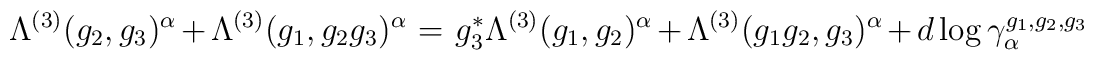
\Lambda^{(3)}(g_2, g_3)^{\alpha} \: + \:\Lambda^{(3)}(g_1, g_2 g_3)^{\alpha} \: = \:g_3^* \Lambda^{(3)}(g_1, g_2)^{\alpha} \: + \:\Lambda^{(3)}(g_1 g_2, g_3)^{\alpha}\: + \: d \log \gamma_{\alpha}^{g_1, g_2, g_3}